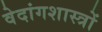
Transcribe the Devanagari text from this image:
वेदांगशास्त्रों